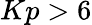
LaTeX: Kp>6